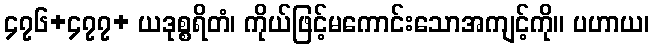
၄၇၆+၄၇၇+ ယဒုစ္စရိတံ၊ ကိုယ်ဖြင့်မကောင်းသောအကျင့်ကို။ ပဟာယ၊